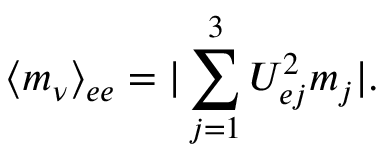
\langle m _ { \nu } \rangle _ { e e } = | \sum _ { j = 1 } ^ { 3 } U _ { e j } ^ { 2 } m _ { j } | .